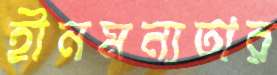
হীনমন্যতার